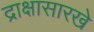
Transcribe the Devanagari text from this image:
द्राक्षासारखे